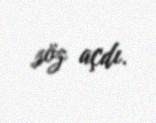
söz açdı.